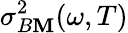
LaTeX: \sigma_{B\mathbf{M}}^{2}(\omega,T)